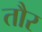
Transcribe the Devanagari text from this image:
तौर